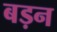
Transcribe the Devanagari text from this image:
बड़न